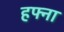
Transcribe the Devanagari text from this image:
हफ्ना